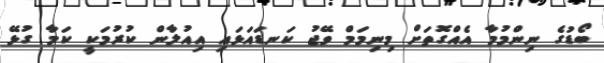
ބޯޑުގެ ނިންމުމާ އެއްގޮތަށް މިނިމަމް ވޭޖު ކަނޑައަޅައި އިއުލާން ކުރުމަކީ ކަމާ ގުޅޭ